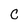
Character: C